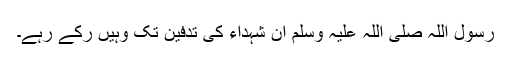
رسول اللہ صلی اللہ علیہ وسلم ان شہداء کی تدفین تک وہیں رکے رہے۔